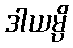
ဒါယမ္ပိ